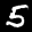
Label: 5